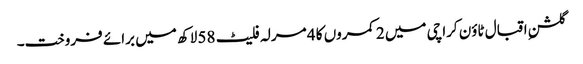
گلشنِ اقبال ٹاؤن کراچی میں 2 کمروں کا 4 مرلہ فلیٹ 58 لاکھ میں برائے فروخت۔